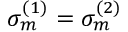
\sigma _ { m } ^ { ( 1 ) } = \sigma _ { m } ^ { ( 2 ) }